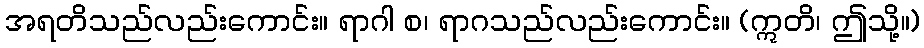
အရတိသည်လည်းကောင်း။ ရာဂါ စ၊ ရာဂသည်လည်းကောင်း။ (ဣတိ၊ ဤသို့။)